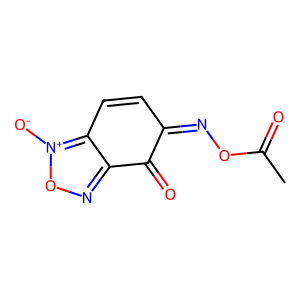
SMILES: CC(=O)ON=C1C=Cc2c(no[n+]2[O-])C1=O
Inhibits HIV replication: No